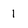
Character: I